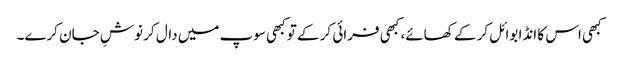
کبھی اس کا انڈا بوائل کر کے کھائے، کبھی فرائی کر کے تو کبھی سوپ میں دال کر نوشِ جان کرے۔